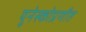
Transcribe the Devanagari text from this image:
युनेस्कोप्रणीत